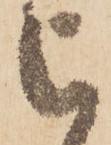
被